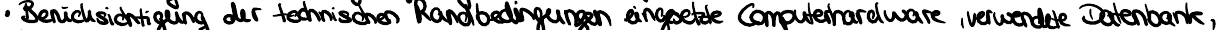
Berücksichtigung der technischen Randbedingungen eingesetzte Computerhardware, verwendete Datenbank